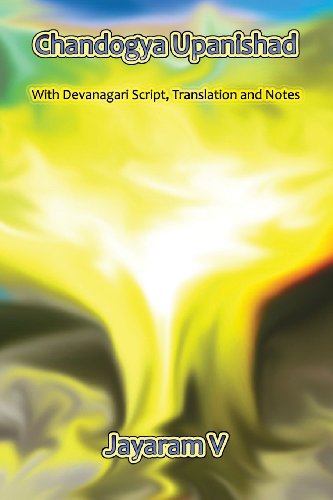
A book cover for Chandogya Upanishad; Jayaram V; Religion & Spirituality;